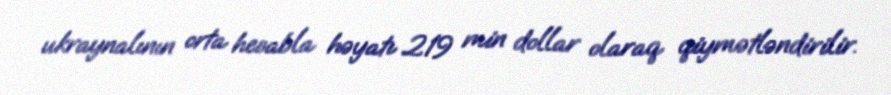
ukraynalının orta hesabla həyatı 219 min dollar olaraq qiymətləndirilir.